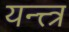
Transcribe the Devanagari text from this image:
यन्त्त्त्र